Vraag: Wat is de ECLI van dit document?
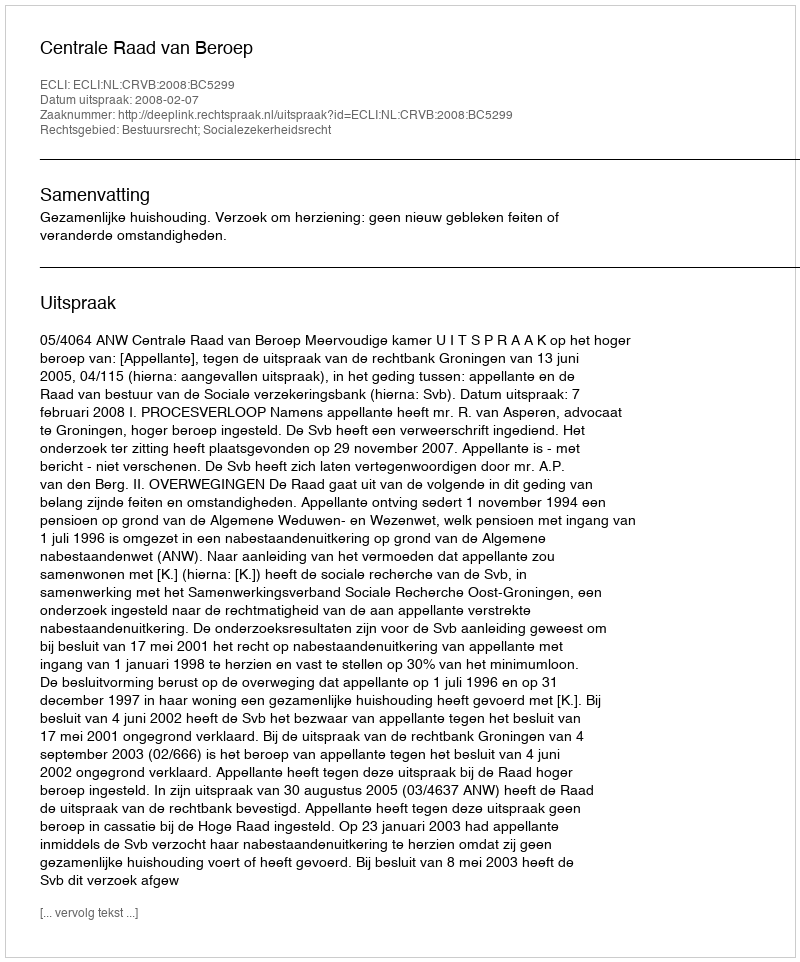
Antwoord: ECLI:NL:CRVB:2008:BC5299